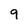
Character: 9